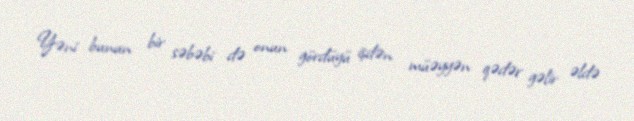
Yəni bunun bir səbəbi də onun gördüyü işdən müəyyən qədər gəlir əldə